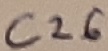
Text: C26